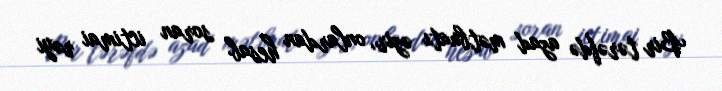
Bir tərəfdə azad mətbuatı əzir, onlardan hesab soran ictimai rəyi